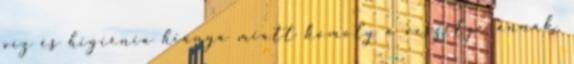
víz és higiénia hiánya miatt komoly a veszélye annak,